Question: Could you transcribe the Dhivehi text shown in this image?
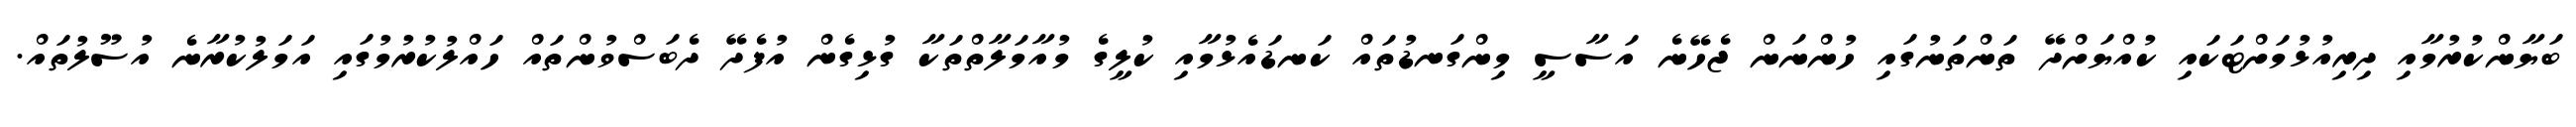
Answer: ބަޔާންކުރުމާއި ދިރިއުޅުމަށްޓަކައި ކުއްޔަށްދޭ ތަންތަނުގައި ހުންނަން ޖެހޭނެ އަސާސީ މިންގަނޑުތައް ކަނޑައެޅުމާއި ކުލީގެ މުއާމަލާތްތަކާ ގުޅިގެން އުފެދޭ ދެބަސްވުންތައް ހައްލުކުރުމުގައި އަމަލުކުރާނެ އުސޫލުތައް.